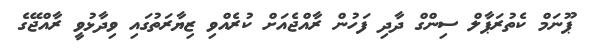
ޕޫނަމް ކެތުރަޕާލް ސިންގް ދާދި ފަހުން ރާއްޖެއަށް ކުރެއްވި ޒިޔާރަތުގައި ވިދާޅުވީ ރާއްޖޭގެ